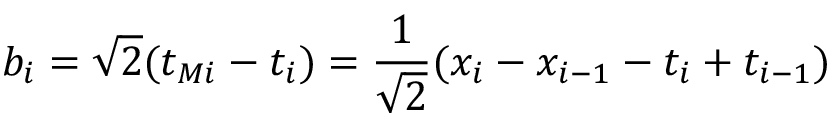
b _ { i } = \sqrt { 2 } ( t _ { M i } - t _ { i } ) = \frac { 1 } { \sqrt { 2 } } ( x _ { i } - x _ { i - 1 } - t _ { i } + t _ { i - 1 } )